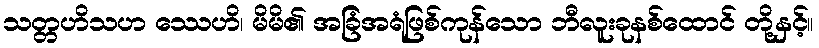
သတ္တဟိသဟ ဿေဟိ၊ မိမိ၏ အခြံအရံဖြစ်ကုန်သော ဘီလူးခုနစ်ထောင် တို့နှင့်။